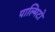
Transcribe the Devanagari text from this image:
पाल्मिटो